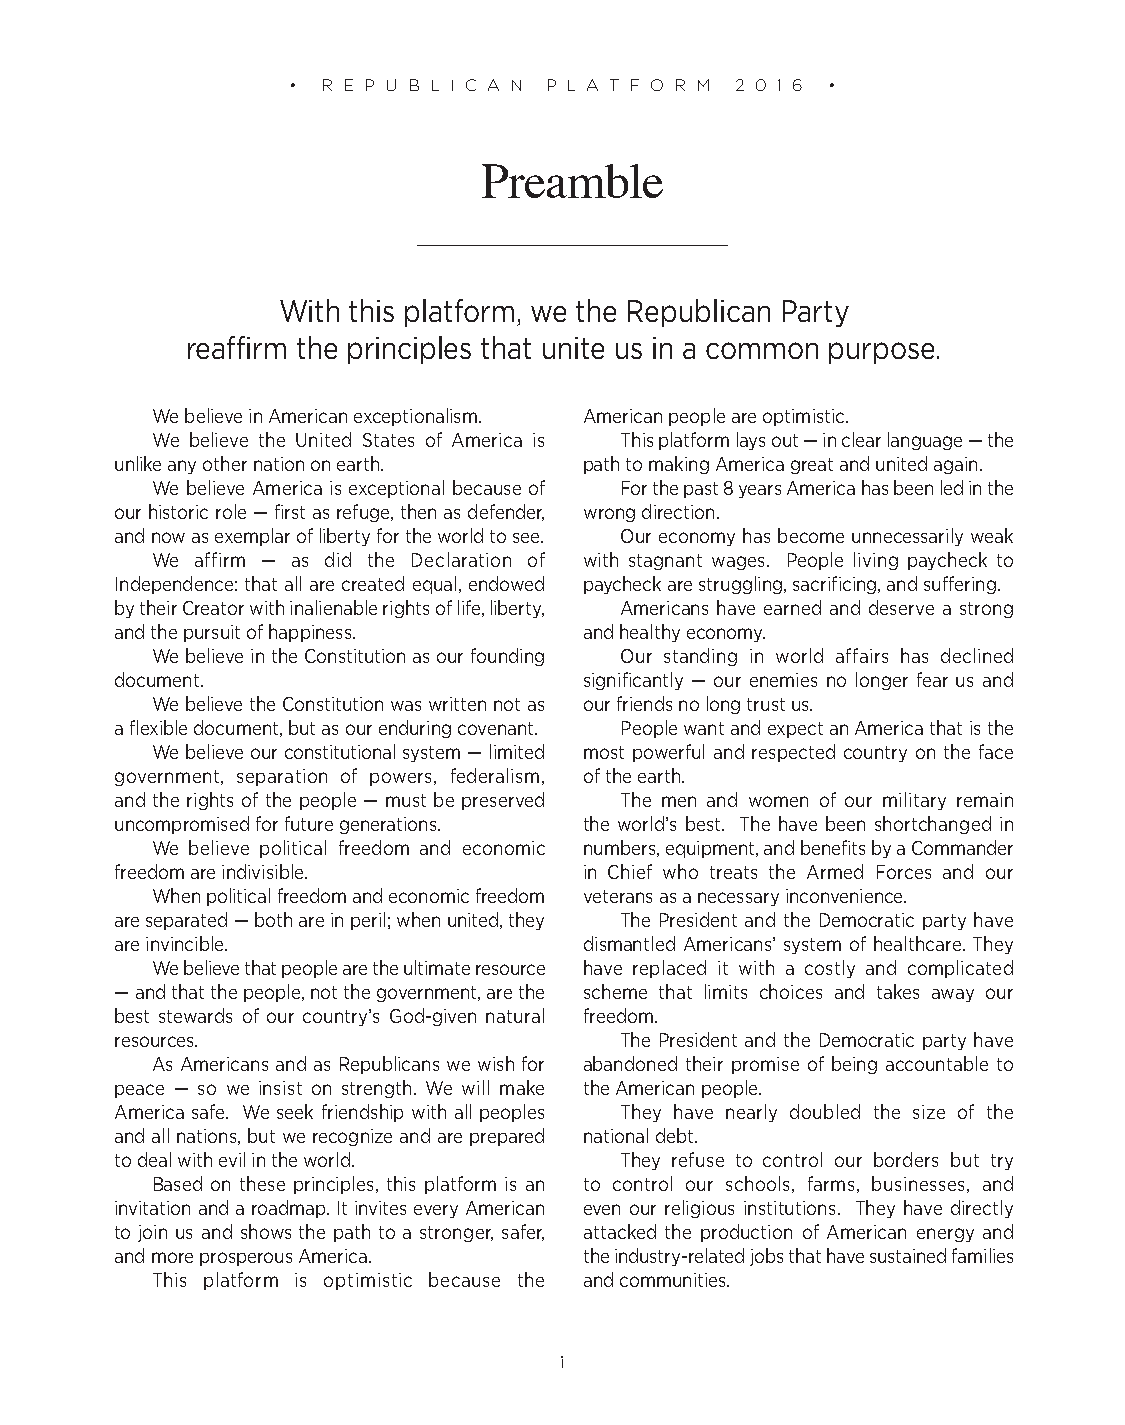
• R E P U B L I C A N P L A T F O R M 2 0 1 6 •
 Preamble
 With this platform, we the Republican Party
 reaffirm the principles that unite us in a common purpose.
 We believe in American exceptionalism. American people are optimistic.
 We believe the United States of America is This platform lays out — in clear language — the
 unlike any other nation on earth. path to making America great and united again.
 We believe America is exceptional because of For the past 8 years America has been led in the
 our historic role — first as refuge, then as defender, wrong direction.
 and now as exemplar of liberty for the world to see. Our economy has become unnecessarily weak
 We affirm — as did the Declaration of with stagnant wages. People living paycheck to
 Independence: that all are created equal, endowed paycheck are struggling, sacrificing, and suffering.
 by their Creator with inalienable rights of life, liberty, Americans have earned and deserve a strong
 and the pursuit of happiness.  and healthy economy.
 We believe in the Constitution as our founding Our standing in world affairs has declined
 document.                      significantly — our enemies no longer fear us and
 We believe the Constitution was written not as our friends no long trust us.
 a flexible document, but as our enduring covenant. People want and expect an America that is the
 We believe our constitutional system — limited most powerful and respected country on the face
 government, separation of powers, federalism, of the earth.
 and the rights of the people — must be preserved The men and women of our military remain
 uncompromised for future generations. the world’s best. The have been shortchanged in
 We believe political freedom and economic numbers, equipment, and benefits by a Commander
 freedom are indivisible.       in Chief who treats the Armed Forces and our
 When political freedom and economic freedom veterans as a necessary inconvenience.
 are separated — both are in peril; when united, they The President and the Democratic party have
 are invincible.                dismantled Americans’ system of healthcare. They
 We believe that people are the ultimate resource have replaced it with a costly and complicated
 — and that the people, not the government, are the scheme that limits choices and takes away our
 best stewards of our country’s God-given natural freedom.
 resources.                       The President and the Democratic party have
 As Americans and as Republicans we wish for abandoned their promise of being accountable to
 peace — so we insist on strength. We will make the American people.
 America safe. We seek friendship with all peoples They have nearly doubled the size of the
 and all nations, but we recognize and are prepared national debt.
 to deal with evil in the world.  They refuse to control our borders but try
 Based on these principles, this platform is an to control our schools, farms, businesses, and
 invitation and a roadmap. It invites every American even our religious institutions. They have directly
 to join us and shows the path to a stronger, safer, attacked the production of American energy and
 and more prosperous America.   the industry-related jobs that have sustained families
 This platform is optimistic because the and communities.
 i